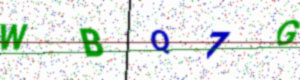
Text: WBQ7G